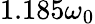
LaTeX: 1.185\omega_{0}